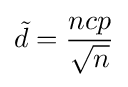
{\tilde {d}}={\frac {ncp}{\sqrt {n}}}